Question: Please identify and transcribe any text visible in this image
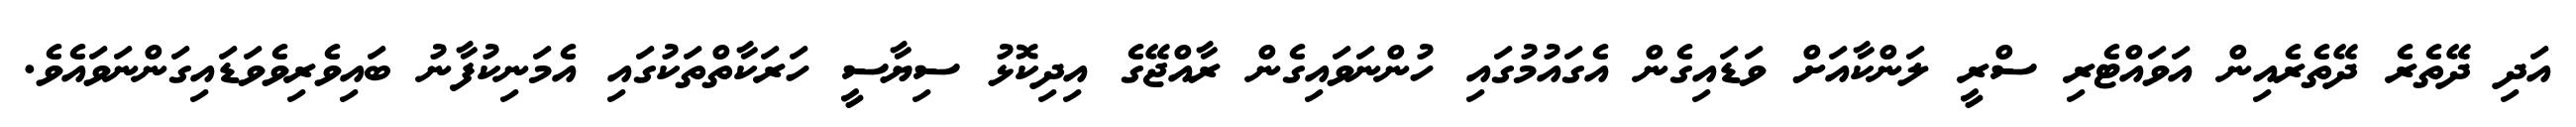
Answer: އަދި ދޭތެރެ ދޭތެރެއިން އަވައްޓެރި ސްރީ ލަންކާއަށް ވަޑައިގެން އެގައުމުގައި ހުންނަވައިގެން ރާއްޖޭގެ އިދިކޮޅު ސިޔާސީ ހަރަކާތްތަކުގައި އެމަނިކުފާނު ބައިވެރިވެވަޑައިގަންނަވައެވެ.